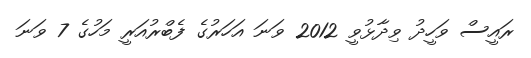
ރައީސް ވަހީދު ވިދާޅުވީ 2012 ވަނަ އަހަރުގެ ފެބްރުއަރީ މަހުގެ 7 ވަނަ